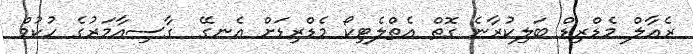
ރެއާލް މެޑްރިޑް ބަލިކުރާނެ ގޮތް އެތްލެޓިކޯ މެޑްރިޑަށް އެނގޭ  ގާސިއާމަރުގެ ހުކުމް